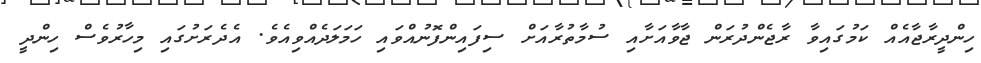
ހިންދީރާޖާއެއް ކަމުގައިވާ ރާޖެންދުރަން ޖާވާއަށާއި ސުމާތުރާއަށް ސިފައިންފޮނުއްވައި ހަމަލަދެއްވިއެވެ. އެދެރަށުގައި މިހާރުވެސް ހިންދީ